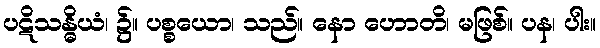
ပဋိသန္ဓိယံ၊ ၌။ ပစ္စယော၊ သည်။ နော ဟောတိ၊ မဖြစ်။ ပန၊ ပါး။